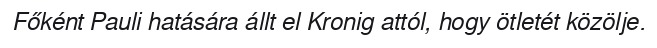
Főként Pauli hatására állt el Kronig attól, hogy ötletét közölje.